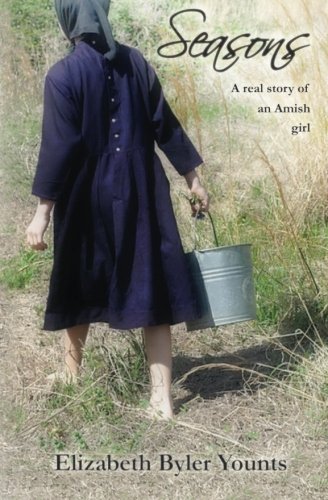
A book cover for Seasons: A Real Story of an Amish Girl; Elizabeth Byler Younts; Christian Books & Bibles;